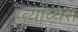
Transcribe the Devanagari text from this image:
त्यांच्यस